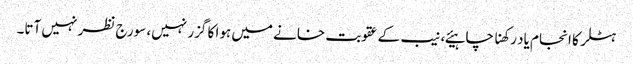
ہٹلر کا انجام یاد رکھنا چاہیئے، نیب کے عقوبت خانے میں ہوا کا گزر نہیں، سورج نظر نہیں آتا۔